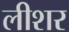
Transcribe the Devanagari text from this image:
लीशर